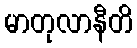
မာတုလာနီတိ